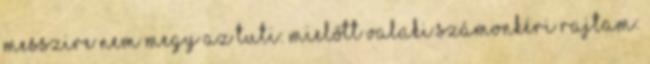
messzire nem megy az tuti: Mielőtt valaki számonkéri rajtam: